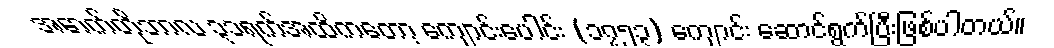
အောက်တိုဘာလ ၃၁ရက်အထိကတော့ ကျောင်းပေါင်း (၁၇၅၃) ကျောင်း ဆောင်ရွက်ပြီးဖြစ်ပါတယ်။